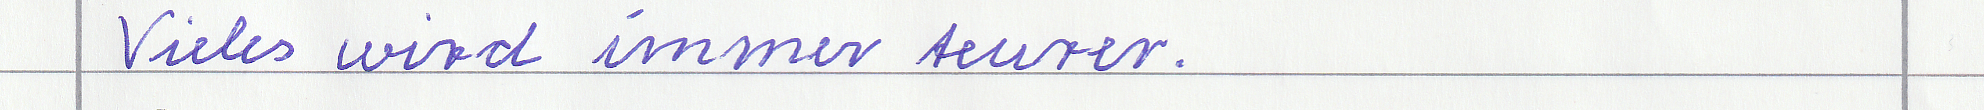
Vieles wird immer teurer.